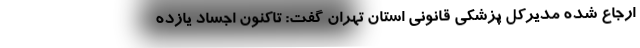
ارجاع شده مدیرکل پزشکی قانونی استان تهران گفت: تاکنون اجساد یازده